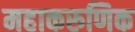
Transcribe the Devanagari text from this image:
महाकरुणिक